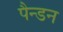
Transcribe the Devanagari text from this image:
पैन्डन